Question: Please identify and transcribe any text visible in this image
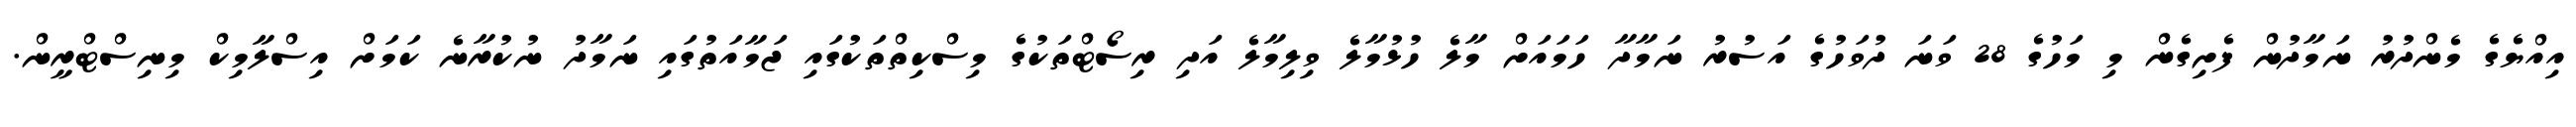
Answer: އިއްޔެގެ މެންދުރު ނަމާދުން ފެށިގެން މި މަހުގެ 28 ވަނަ ދުވަހުގެ އަސުރު ނަމާދާ ހަމައަށް މާލެ ހުޅުމާލެ ވިލިމާލެ އަދި ރިސޯޓްތަކުގެ މިސްކިތްތަކުގައި ޖަމާއަތުގައި ނަމާދު ނުކުރާނެ ކަމަށް އިސްލާމިކް މިނިސްޓްރީން.